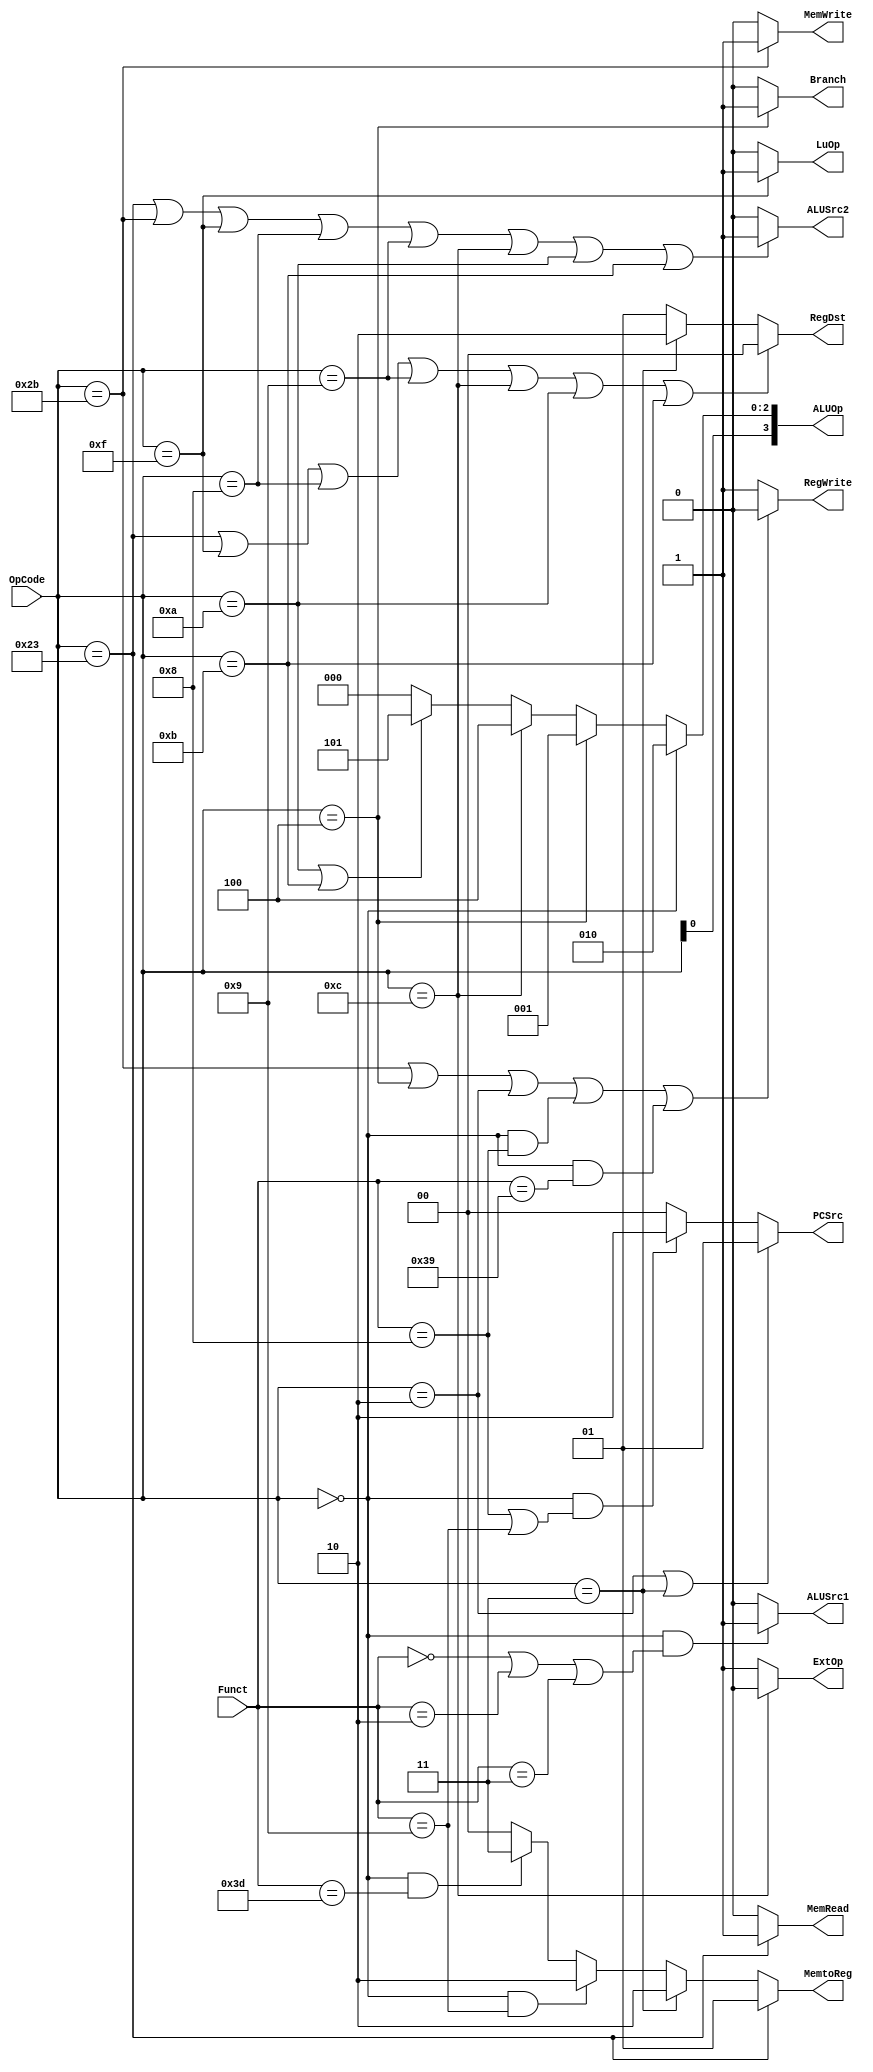
`ifndef __CONTROL_V__
`define __CONTROL_V__

module Control (
	input wire [5:0] OpCode,
	input wire [5:0] Funct,
	output wire [1:0] PCSrc,
	output wire Branch,
	output wire RegWrite,
	output wire [1:0] RegDst,
	output wire MemRead,
	output wire MemWrite,
	output wire [1:0] MemtoReg,
	output wire ALUSrc1,
	output wire ALUSrc2,
	output wire ExtOp,
	output wire LuOp,
	output wire [3:0] ALUOp
	);

	// opcode
	localparam OP_R = 6'h00;
	localparam OP_j = 6'h02;
	localparam OP_jal = 6'h03;
	localparam OP_beq = 6'h04;
	localparam OP_addi = 6'h08;
	localparam OP_addiu = 6'h09;
	localparam OP_slti = 6'h0a;
	localparam OP_sltiu = 6'h0b;
	localparam OP_andi = 6'h0c;
	localparam OP_lui = 6'h0f;
	localparam OP_lw = 6'h23;
	localparam OP_sw = 6'h2b;

	// funct
	localparam FUNCT_sll = 6'b000000;
	localparam FUNCT_srl = 6'b000010;
	localparam FUNCT_sra = 6'b000011;
	localparam FUNCT_jr = 6'b001000;
	localparam FUNCT_jalr = 6'b001001;
	localparam FUNCT_uart_tx = 6'b111001;
	localparam FUNCT_uart_rx = 6'b111101;

	// Your code below
	assign PCSrc[1:0] = (OpCode == OP_j || OpCode == OP_jal) ? 2'b01 :
						(OpCode == OP_R && (Funct == FUNCT_jr || Funct == FUNCT_jalr)) ? 2'b10 : 2'b00;

	assign Branch = (OpCode == OP_beq) ? 1'b1 : 1'b0;

	assign RegWrite = (OpCode == OP_sw
					|| OpCode == OP_beq
					|| OpCode == OP_j
					|| (OpCode == OP_R && Funct == FUNCT_jr)
					|| (OpCode == OP_R && Funct == FUNCT_uart_tx)) ? 1'b0 : 1'b1;

	assign RegDst = (OpCode == OP_lw
					|| OpCode == OP_lui
					|| OpCode == OP_addi
					|| OpCode == OP_addiu
					|| OpCode == OP_andi
					|| OpCode == OP_slti
					|| OpCode == OP_sltiu) ? 2'b00 :
					(OpCode == OP_jal) ? 2'b10 : 2'b01;

	assign MemRead = (OpCode == OP_lw) ? 1'b1 : 1'b0;

	assign MemWrite = (OpCode == OP_sw) ? 1'b1 : 1'b0;

	assign MemtoReg = (OpCode == OP_lw) ? 2'b01 :
					  (OpCode == OP_jal) ? 2'b10 :
					  (OpCode == OP_R && Funct == FUNCT_jalr) ? 2'b10 :
					  (OpCode == OP_R && Funct == FUNCT_uart_rx) ? 2'b11 :
					  2'b00;

	assign ALUSrc1 = (OpCode == OP_R && (Funct == FUNCT_sll || Funct == FUNCT_srl || Funct == FUNCT_sra)) ? 1'b1 : 1'b0;

	assign ALUSrc2 = (OpCode == OP_lw
					|| OpCode == OP_sw
					|| OpCode == OP_lui
					|| OpCode == OP_addi
					|| OpCode == OP_addiu
					|| OpCode == OP_andi
					|| OpCode == OP_slti
					|| OpCode == OP_sltiu) ? 1'b1 : 1'b0;

	assign ExtOp = (OpCode == OP_andi) ? 1'b0 : 1'b1;

	assign LuOp = (OpCode == OP_lui) ? 1'b1 : 1'b0;

	// Your code above

	assign ALUOp[2:0]  = (OpCode == OP_R) ? 3'b010 :
						 (OpCode == OP_beq) ? 3'b001 :
						 (OpCode == OP_andi) ? 3'b100 :
						 (OpCode == OP_slti || OpCode == OP_sltiu) ? 3'b101 : 3'b000;

	assign ALUOp[3] = OpCode[0];

endmodule

`endif /*__CONTROL_V__*/